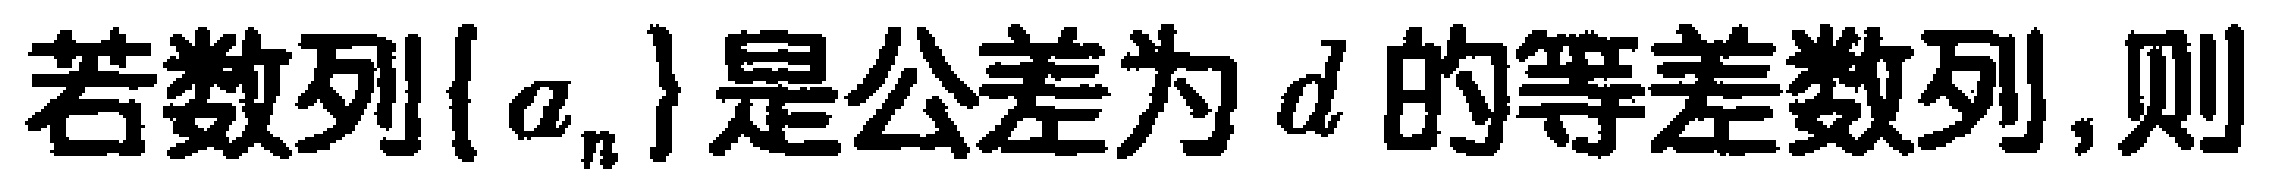
若数列\(\{ a_{n}\}\)是公差为\(d\)的等差数列,则